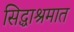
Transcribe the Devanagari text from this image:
सिद्धाश्रमात